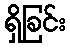
ရှိခြင်း